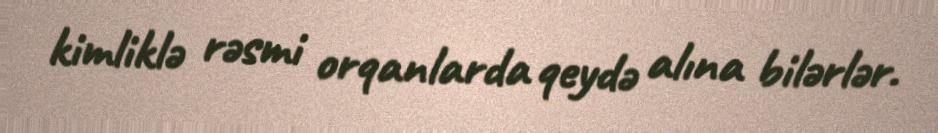
kimliklə rəsmi orqanlarda qeydə alına bilərlər.